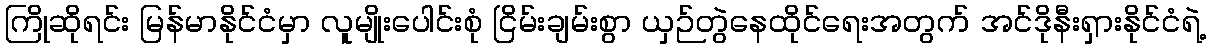
ကြိုဆိုရင်း မြန်မာနိုင်ငံမှာ လူမျိုးပေါင်းစုံ ငြိမ်းချမ်းစွာ ယှဉ်တွဲနေထိုင်ရေးအတွက် အင်ဒိုနီးရှားနိုင်ငံရဲ့